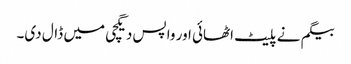
بیگم نے پلیٹ اٹھائی اور واپس دیگچی میں ڈال دی۔